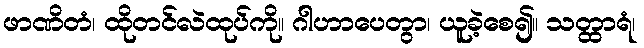
ဖာဏိတံ၊ ထိုတင်လဲထုပ်ကို။ ဂါဟာပေတွာ၊ ယူခဲ့စေ၍။ သတ္ထာရံ၊